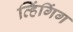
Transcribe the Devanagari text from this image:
व्हिंगिंग